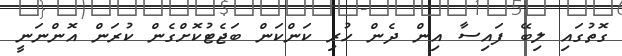
ގޮތުގައި ލިބޭ ފައިސާ އިން ދެން ހުރި ކަންކަން ބަޖެޓުކޮށްގެން ކުރަން އޮންނަނީ